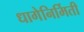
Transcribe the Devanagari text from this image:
धागेनिर्मिती